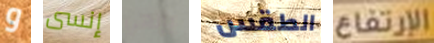
و إنسى يإلهي الطقس الإرتفاع